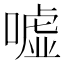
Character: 嘘